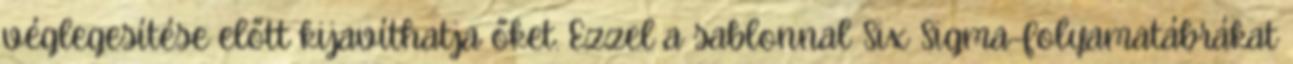
véglegesítése előtt kijavíthatja őket. Ezzel a sablonnal Six Sigma-folyamatábrákat